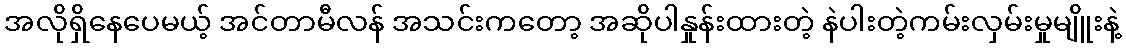
အလိုရှိနေပေမယ့် အင်တာမီလန် အသင်းကတော့ အဆိုပါနှုန်းထားတဲ့ နဲပါးတဲ့ကမ်းလှမ်းမှုမျိူးနဲ့